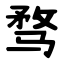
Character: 骛